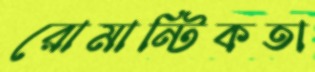
রোমান্টিকতা